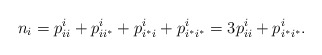
\begin{align*} n_i = p^i_{ii} + p^i_{ii^*} + p^i_{i^*i} + p^i_{i^*i^*} = 3p^i_{ii} + p^i_{i^*i^*}. \end{align*}